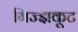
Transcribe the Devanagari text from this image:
गिज्झकूट